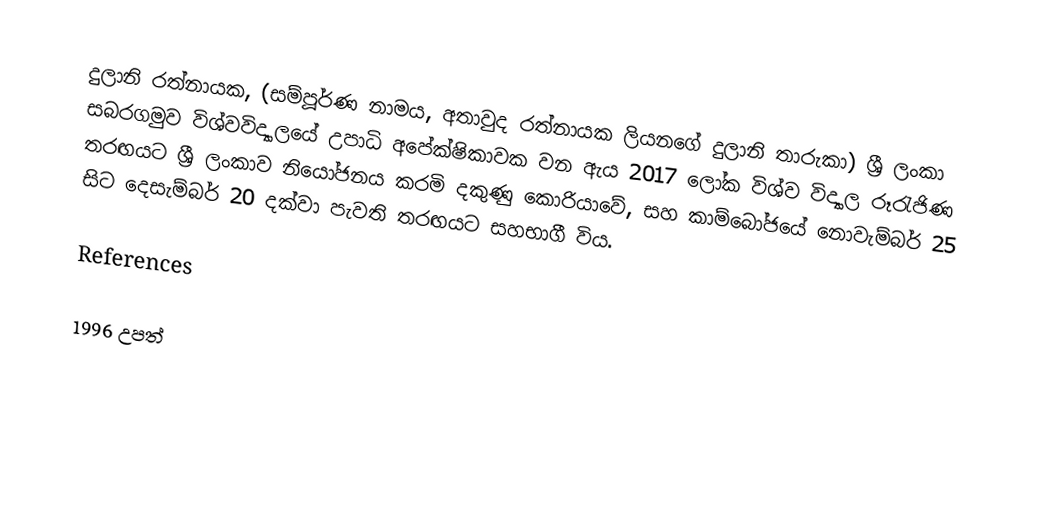
දුලානි රත්නායක, (සම්පූර්ණ නාමය, අතාවුද රත්නායක ලියනගේ දුලානි තාරුකා) ශ්‍රී ලංකා සබරගමුව විශ්වවිද්‍යාලයේ උපාධි අපේක්ෂිකාවක වන ඇය 2017 ලෝක විශ්ව විද්‍යාල රූරැජිණ තරඟයට ශ්‍රී ලංකාව නියෝජනය කරමි දකුණු කොරියාවේ, සහ කාම්බෝජයේ නොවැම්බර් 25 සිට දෙසැම්බර් 20 දක්වා පැවති තරඟයට සහභාගී විය.

References

1996 උපත්